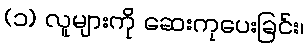
(၁) လူများကို ဆေးကုပေးခြင်း၊